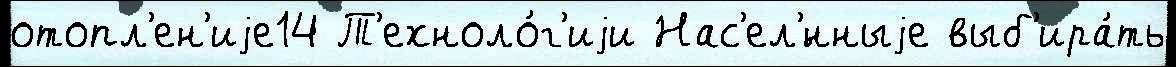
отопл'ен'иjе14 Т'ехноло́г'иjи Нас'ел'́нныjе выб'ира́ть